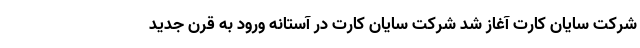
شرکت سایان کارت آغاز شد شرکت سایان کارت در آستانه ورود به قرن جدید